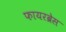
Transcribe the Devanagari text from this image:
फायरब्रेस